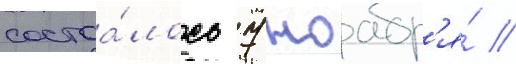
состоа́лось 7 ноабр'я́ //